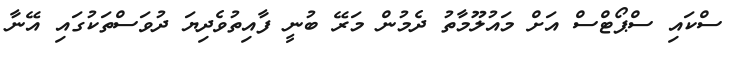
ސްކައި ސްޕޯޓްސް އަށް މައުލޫމާތު ދެމުން މަރޭ ބުނީ ފާއިތުވެދިޔަ ދުވަސްތަކުގައި އޭނާ